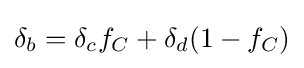
\delta _{b}=\delta _{c}f_{C}+\delta _{d}(1-f_{C})